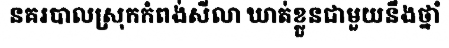
នគរបាលស្រុកកំពង់សីលា ឃាត់ខ្លួនជាមួយនឹងថ្នាំ